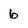
Character: 6